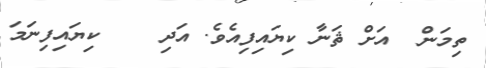
ތިމަން  އަށް ޘަނާ ކިޔައިފިއެވެ. އަދި    ކިޔައިފިނަމަ